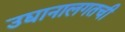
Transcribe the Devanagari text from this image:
उद्यानालगतची